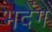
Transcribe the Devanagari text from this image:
भदेंग